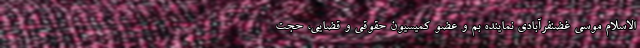
الاسلام موسی غضنفرآبادی نماینده بم و عضو کمیسیون حقوقی و قضایی، حجت